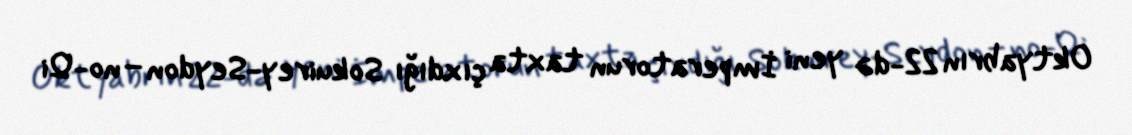
Oktyabrın 22-də yeni İmperatorun taxta çıxdığı Sokuirey-Seydon–no-Qi